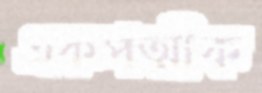
একপত্মীক